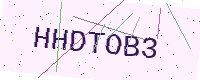
Text: HHDTOB3